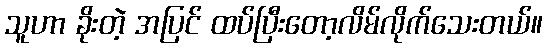
သူဟာ ခိုးတဲ့ အပြင် ထပ်ပြီးတော့လိမ်လိုက်သေးတယ်။